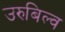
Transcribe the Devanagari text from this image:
उरुबिल्व